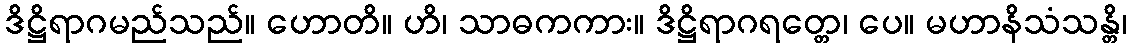
ဒိဋ္ဌိရာဂမည်သည်။ ဟောတိ။ ဟိ၊ သာဓကကား။ ဒိဋ္ဌိရာဂရတ္တေ၊ ပေ။ မဟာနိသံသန္တိ၊